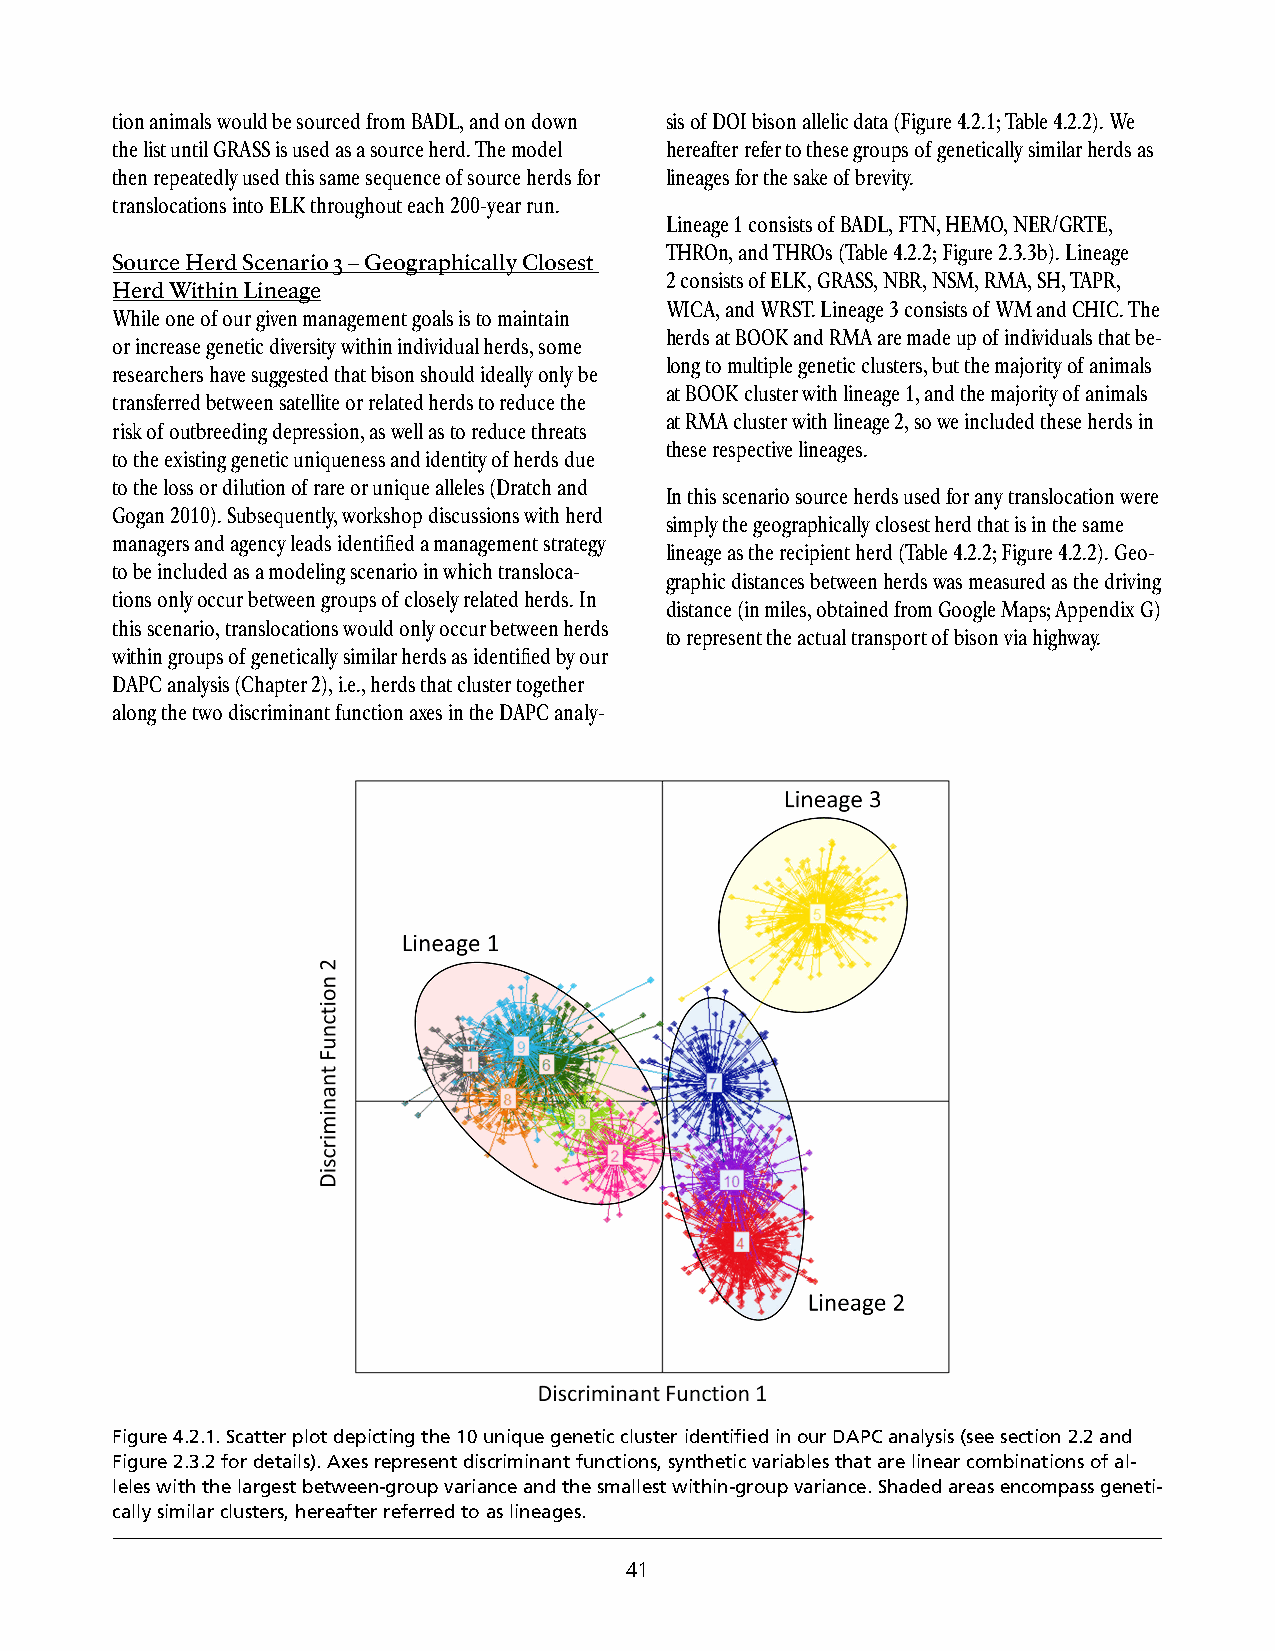
tion animals would be sourced from BADL, and on down sis of DOI bison allelic data (Figure 4.2.1; Table 4.2.2). We
 the list until GRASS is used as a source herd. The model hereafter refer to these groups of genetically similar herds as
 then repeatedly used this same sequence of source herds for lineages for the sake of brevity.
 translocations into ELK throughout each 200-year run.
 Lineage 1 consists of BADL, FTN, HEMO, NER/GRTE,
 THROn, and THROs (Table 4.2.2; Figure 2.3.3b). Lineage
 Source Herd Scenario 3 – Geographically Closest
 2 consists of ELK, GRASS, NBR, NSM, RMA, SH, TAPR,
 Herd Within Lineage
 WICA, and WRST. Lineage 3 consists of WM and CHIC. The
 While one of our given management goals is to maintain
 herds at BOOK and RMA are made up of individuals that be-
 or increase genetic diversity within individual herds, some
 long to multiple genetic clusters, but the majority of animals
 researchers have suggested that bison should ideally only be
 at BOOK cluster with lineage 1, and the majority of animals
 transferred between satellite or related herds to reduce the
 at RMA cluster with lineage 2, so we included these herds in
 risk of outbreeding depression, as well as to reduce threats
 these respective lineages.
 to the existing genetic uniqueness and identity of herds due
 to the loss or dilution of rare or unique alleles (Dratch and
 In this scenario source herds used for any translocation were
 Gogan 2010). Subsequently, workshop discussions with herd
 simply the geographically closest herd that is in the same
 managers and agency leads identified a management strategy
 lineage as the recipient herd (Table 4.2.2; Figure 4.2.2). Geo-
 to be included as a modeling scenario in which transloca-
 graphic distances between herds was measured as the driving
 tions only occur between groups of closely related herds. In
 distance (in miles, obtained from Google Maps; Appendix G)
 this scenario, translocations would only occur between herds
 to represent the actual transport of bison via highway.
 within groups of genetically similar herds as identified by our
 DAPC analysis (Chapter 2), i.e., herds that cluster together
 along the two discriminant function axes in the DAPC analy-
 Figure 4.2.1. Scatter plot depicting the 10 unique genetic cluster identified in our DAPC analysis (see section 2.2 and
 Figure 2.3.2 for details). Axes represent discriminant functions, synthetic variables that are linear combinations of al-
 leles with the largest between-group variance and the smallest within-group variance. Shaded areas encompass geneti-
 cally similar clusters, hereafter referred to as lineages.
 41